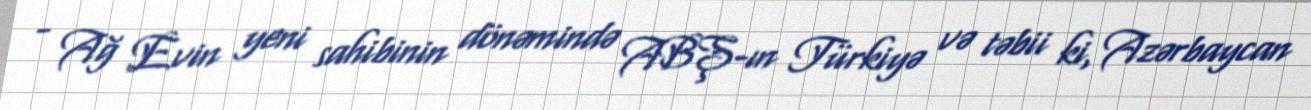
- Ağ Evin yeni sahibinin dönəmində ABŞ-ın Türkiyə və təbii ki, Azərbaycan